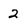
Character: 2